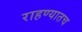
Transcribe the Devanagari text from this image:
राहण्यातच